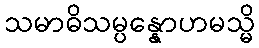
သမာဓိသမ္ပန္နောဟမသ္မိ